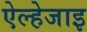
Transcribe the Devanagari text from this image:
ऐल्हेजाइ